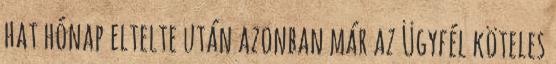
hat hónap eltelte után azonban már az Ügyfél köteles